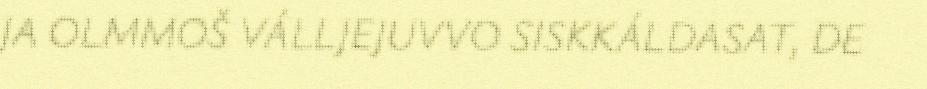
JA OLMMOŠ VÁLLJEJUVVO SISKKÁLDASAT, DE